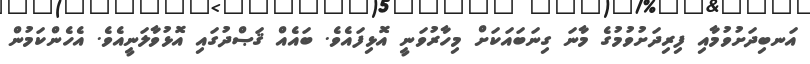
އަނބިދަށުވުމާއި ފިރިދަށުވުމުގެ މާނަ ގިނަބައަކަށް މިހާރުވަނީ އޮޅިފައެވެ. ބައެއް ޤަޞްދުގައި އޮޅުވާލަނީއެވެ. އެހެންކަމުން